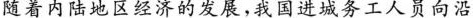
随着内陆地区经济的发展，我国进城务工人员向沿